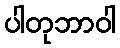
ပါတုဘာဝါ